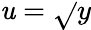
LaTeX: \mathit{u}=\sqrt{}{{y}}